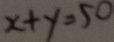
x + y = 5 0